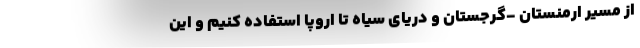
از مسیر ارمنستان -گرجستان و دریای سیاه تا اروپا استفاده کنیم و این